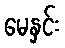
မေနှင်း